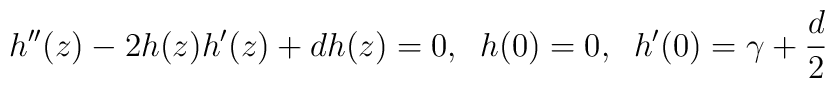
h''(z) - 2h(z)h'(z) + d h(z)=0, \;\; h(0)=0, \; \; h'(0)=\gamma+\frac{d}{2}